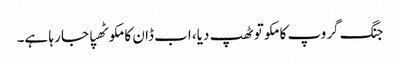
جنگ گروپ کا مکو تو ٹھپ دیا، اب ڈان کا مکو ٹھپا جا رہا ہے۔